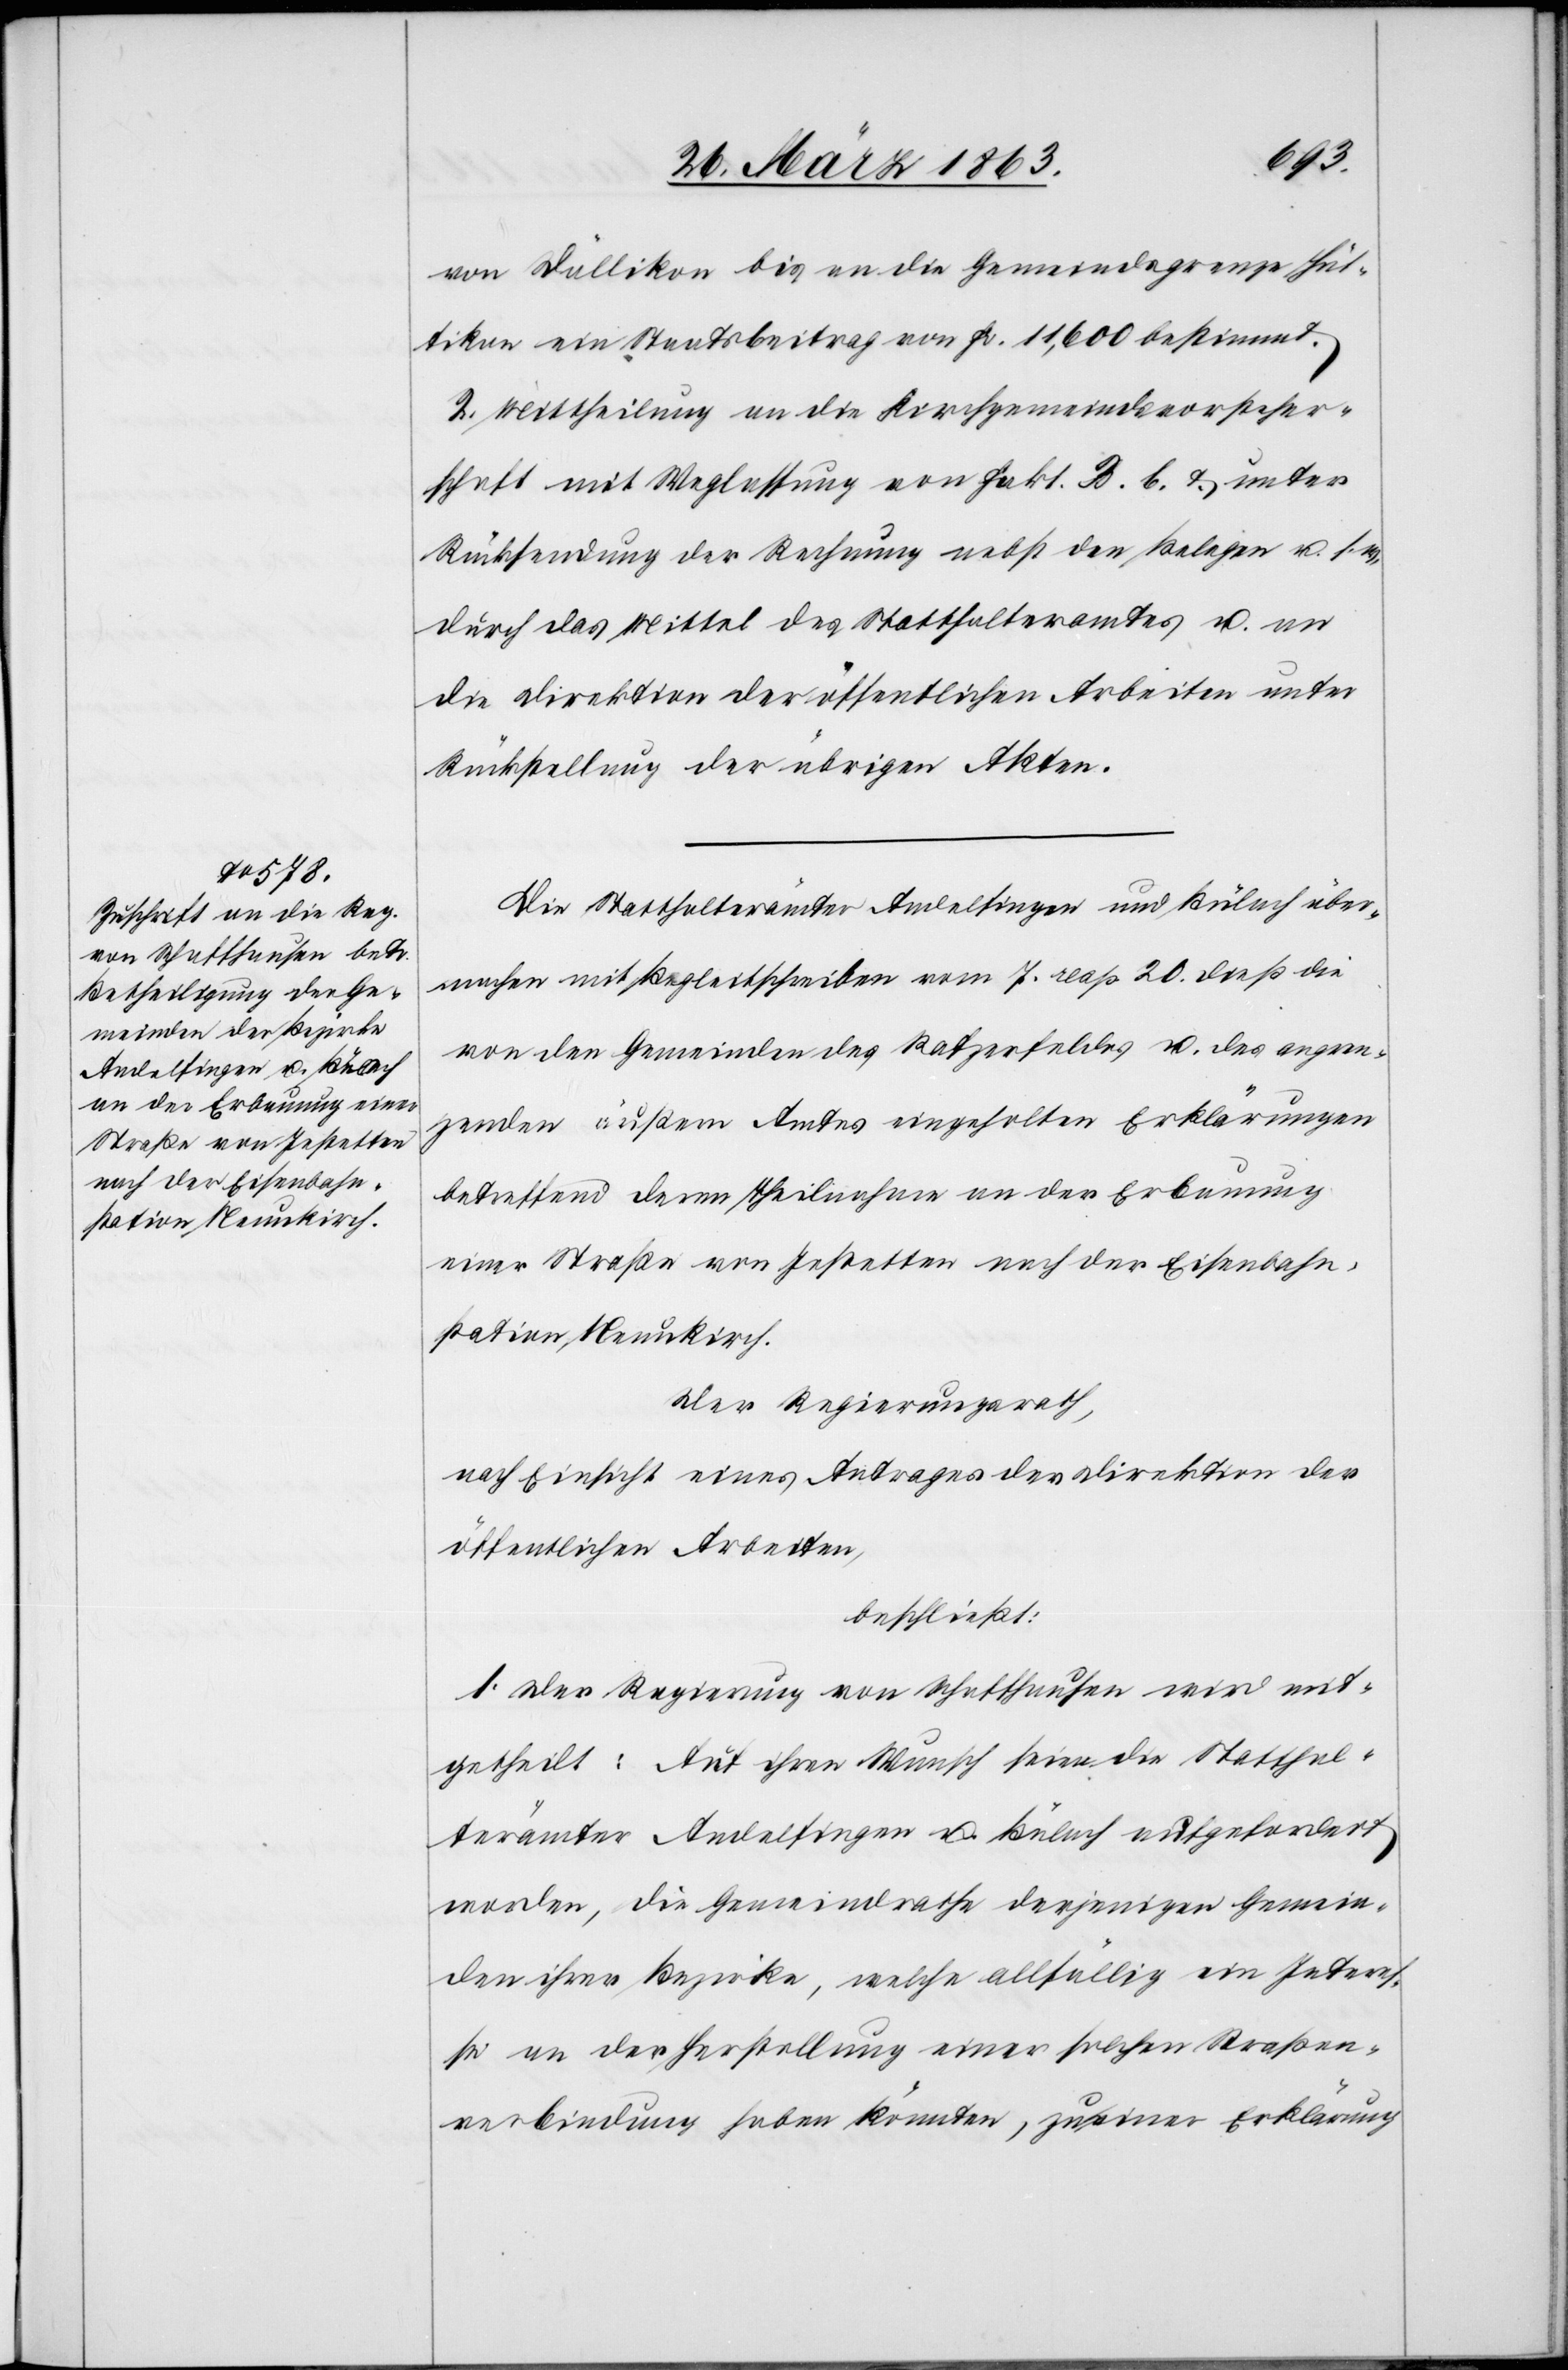
von Dällikon bis an die Gemeindsgrenze Hüt¬
tikon ein Staatsbeitrag von Fr. 11,600 bestimmt.
2. Mittheilung an die Kirchgemeindsvorsteher¬
schaft mit Weglassung von Fakt. B. b. & unter
Rücksendung der Rechnung nebst den Belegen u. s.
durch das Mittel des Statthalteramtes u. an
die Direktion der öffentlichen Arbeiten unter
Rückstellung der übrigen Akten.
Die Statthalterämter Andelfingen und Bülach über¬
machen mit Begleitschreiben vom 7. resp. 20. dieß die
von den Gemeinden des Rafzerfeldes u. des angren¬
zenden äußern Amtes eingeholten Erklärungen
betreffend deren Theilnahme an der Erbauung
einer Straße von Jestetten nach der Eisenbahn¬
station Neunkirch.
Der Regierungsrath,
nach Einsicht eines Antrages der Direktion der
öffentlichen Arbeiten,
beschließt:
1. Der Regierung von Schaffhausen wird mit¬
getheilt: Auf ihren Wunsch seien die Statthal¬
terämter Andelfingen u. Bülach aufgefordert
worden, die Gemeindrathe [sic!] derjenigen Gemein¬
den ihrer Bezirke, welche allfällig ein Interes¬
se an der Herstellung einer solchen Straßen¬
verbindung haben könnten, zu einer Erklärung